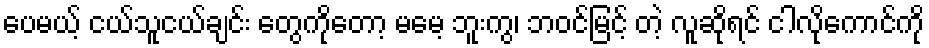
ပေမယ့် ငယ်သူငယ်ချင်း တွေကိုတော့ မမေ့ ဘူးကွ၊ ဘဝင်မြင့် တဲ့ လူဆိုရင် ငါလိုကောင်ကို